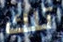
تلك